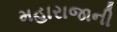
મહારાજાની